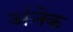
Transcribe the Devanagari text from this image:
अ॑नेक